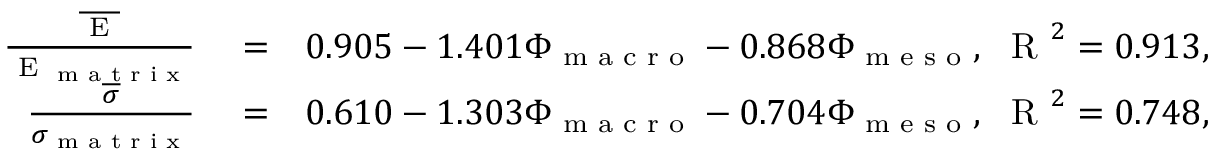
\begin{array} { r l r } { \frac { \overline { { \textup { E } } } } { \textup { E } _ { \textup { m a t r i x } } } } & { { } = } & { 0 . 9 0 5 - 1 . 4 0 1 \Phi _ { \textup { m a c r o } } - 0 . 8 6 8 \Phi _ { \textup { m e s o } } , \ \textup { R } ^ { 2 } = 0 . 9 1 3 , } \\ { \frac { \overline { { \sigma } } } { \sigma _ { \textup { m a t r i x } } } } & { { } = } & { 0 . 6 1 0 - 1 . 3 0 3 \Phi _ { \textup { m a c r o } } - 0 . 7 0 4 \Phi _ { \textup { m e s o } } , \ \textup { R } ^ { 2 } = 0 . 7 4 8 , } \end{array}